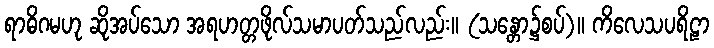
ရာဓိဂမဟု ဆိုအပ်သော အရဟတ္တဖိုလ်သမာပတ်သည်လည်း။ (သန္တော၌စပ်)။ ကိလေသပရိဠာ